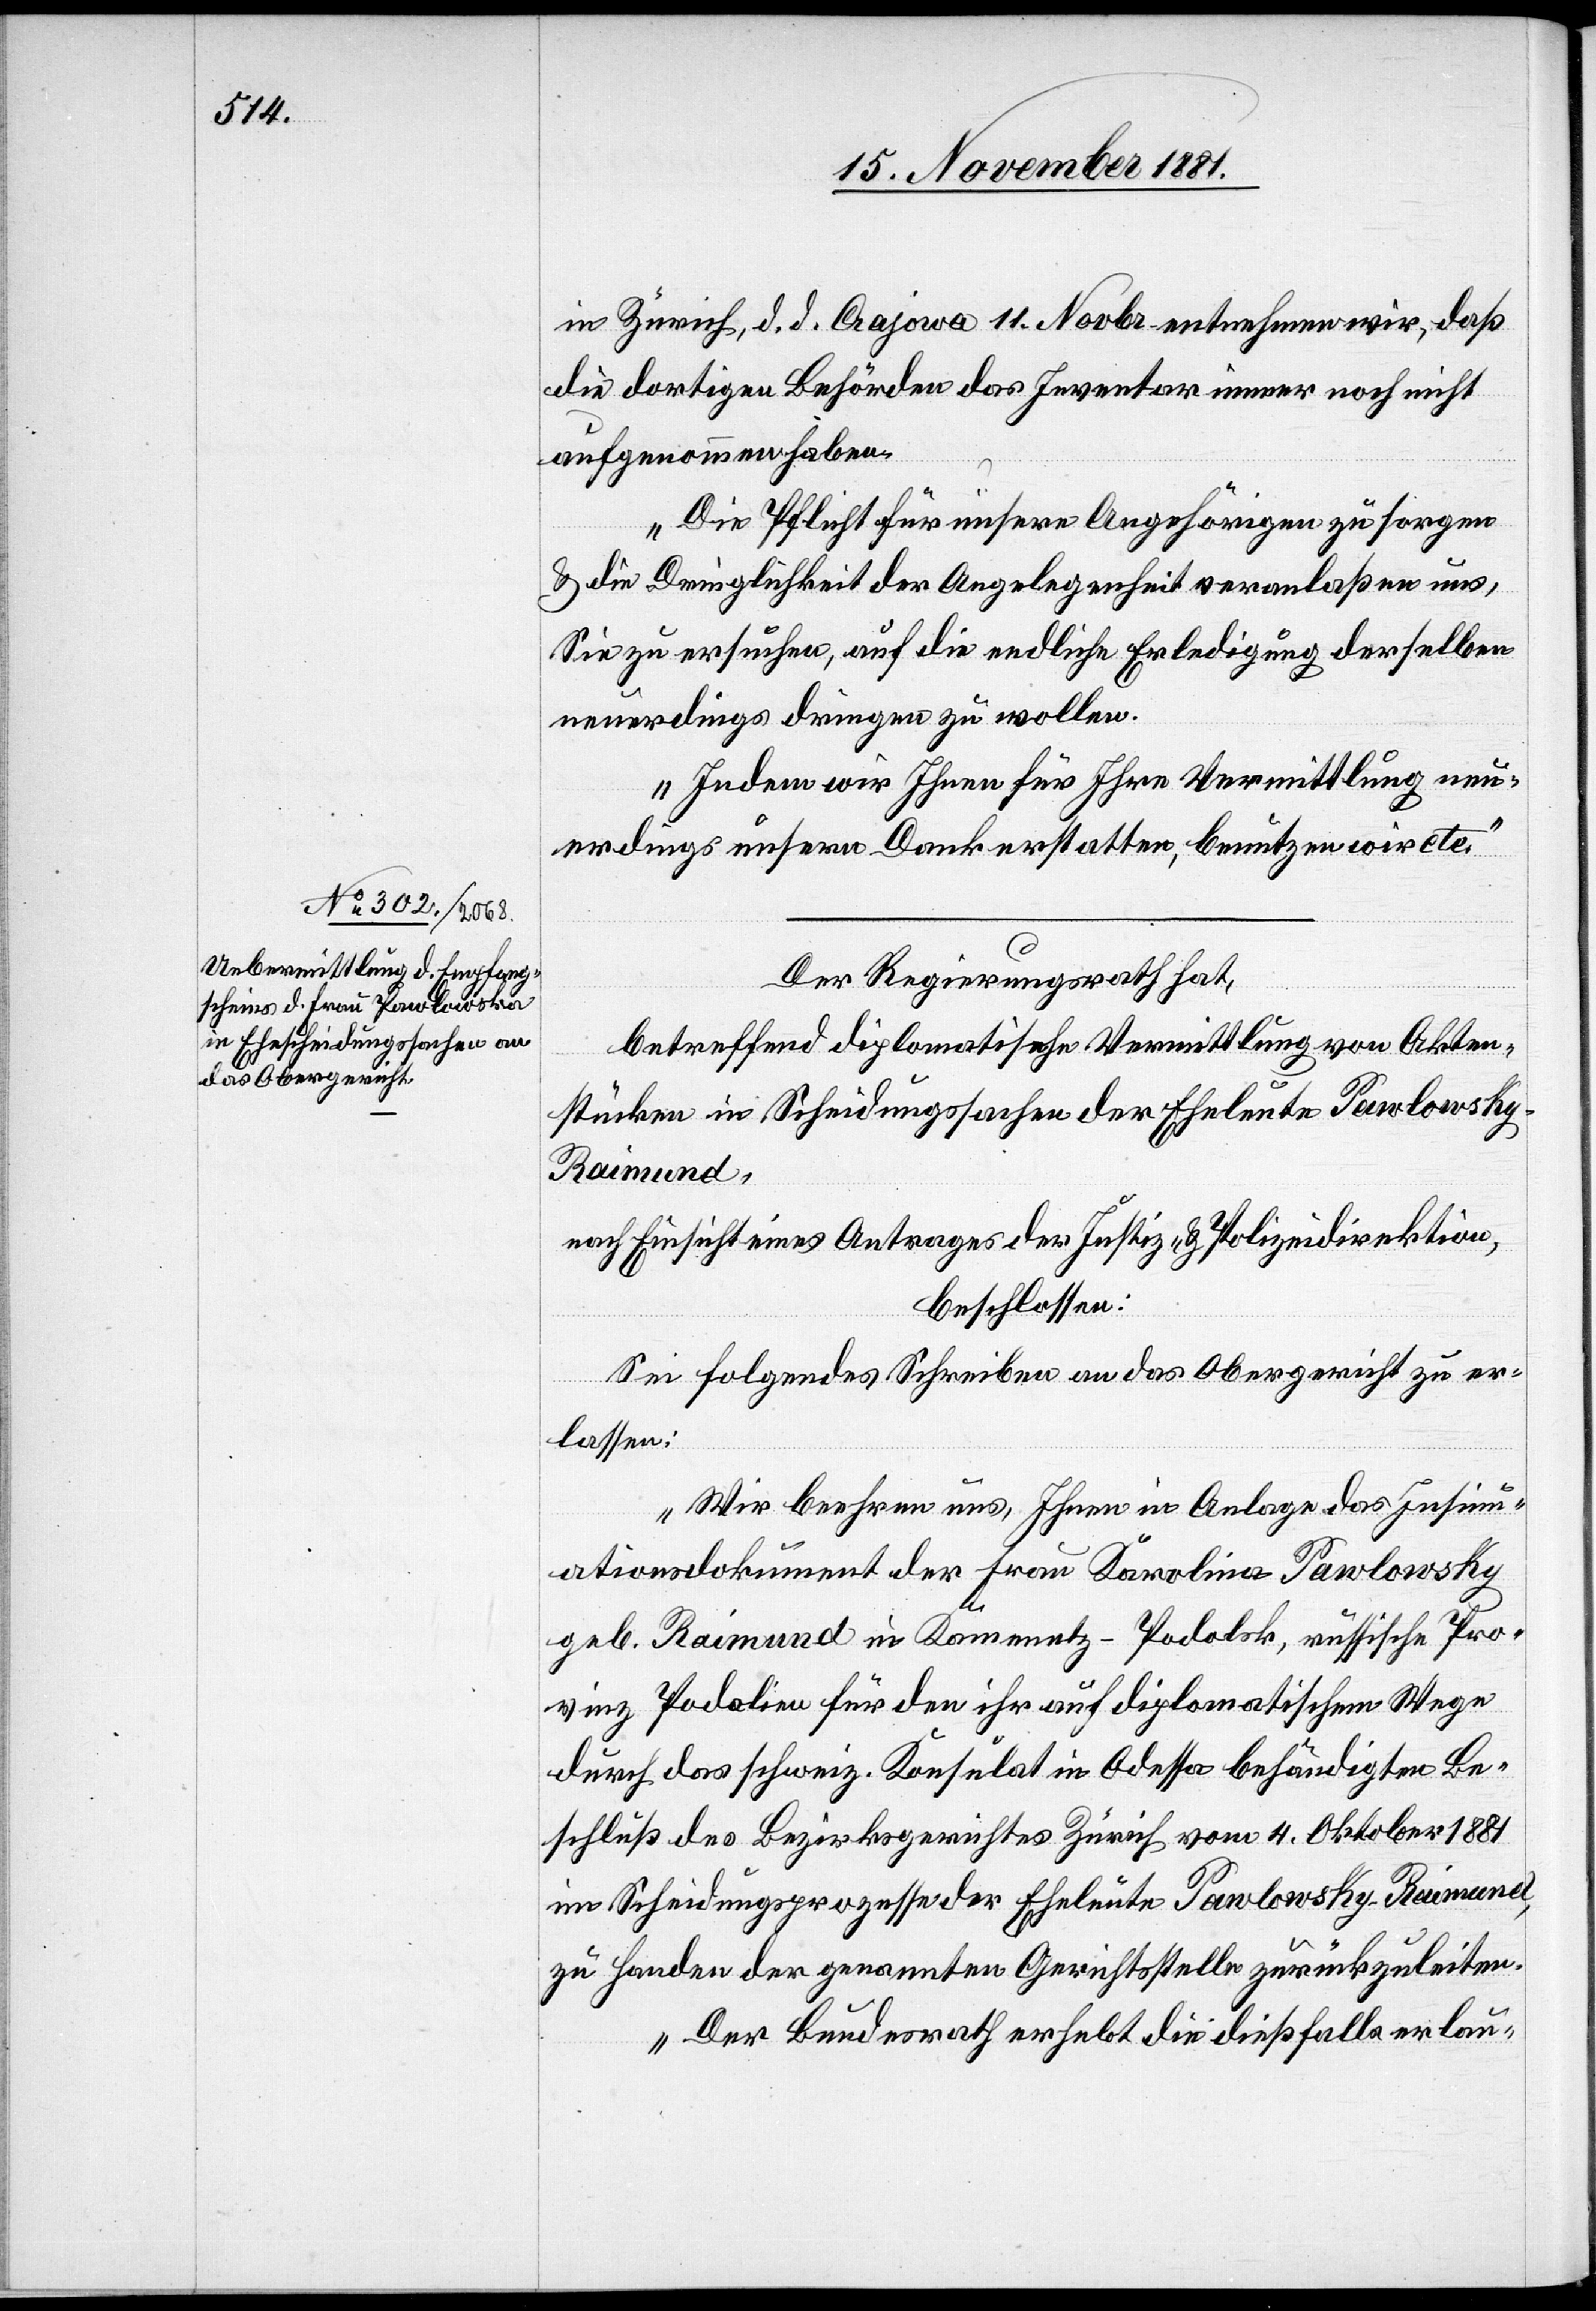
in Zürich, d. d. Crajowa 11. Novbr. entnehmen wir, daß
die dortigen Behörden das Inventar immer noch nicht
aufgenommen haben.
Die Pflicht für unsere Angehörigen zu sorgen
& die Dringlichkeit der Angelegenheit veranlaßen uns,
Sie zu ersuchen, auf die endliche Erledigung derselben
neuerdings dringen zu wollen.
Indem wir Ihnen für Ihre Vermittlung neu¬
erdings unsern Dank erstatten, benutzen wir etc.“
Der Regierungsrath hat,
betreffend diplomatische Vermittlung von Akten¬
stücken in Scheidungssachen der Eheleute Pawlowsky-R¬
aimund
nach Einsicht eines Antrages der Justiz- & Polizeidirektion,
beschlossen:
Sei folgendes Schreiben an das Obergericht zu er¬
lassen:
„Wir beehren uns, Ihnen in Anlage das Insinu¬
ationsdokument der Frau Karolina Pawlowsky
geb. Raimund in Kamenetz - Podolsk, russische Provinz
[recte: Podolinec] für den ihr auf diplomatischem Wege
durch das schweiz. Konsulat in Odessa behändigten Be¬
schluß des Bezirksgerichtes Zürich vom 4. Oktober 1881
im Scheidungsprozesse der Eheleute Pawlowsky-Raimund,
zu Handen der genannten Gerichtsstelle zurückzuleiten.
Der Bundesrath erhebt die dießfalls erlau-